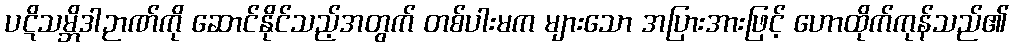
ပဋိသမ္ဘိဒါဉာဏ်ကို ဆောင်နိုင်သည့်အတွက် တစ်ပါးမက များသော အပြားအားဖြင့် ဟောထိုက်ကုန်သည်၏